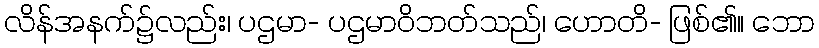
လိန်အနက်၌လည်း၊ ပဌမာ- ပဌမာဝိဘတ်သည်၊ ဟောတိ- ဖြစ်၏။ ဘော